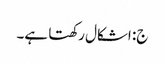
ج: اشکال رکھتا ہے۔